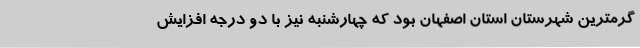
گرمترین شهرستان استان اصفهان بود که چهارشنبه نیز با دو درجه افزایش